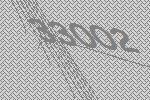
33002